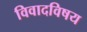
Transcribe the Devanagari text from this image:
विवादविषय